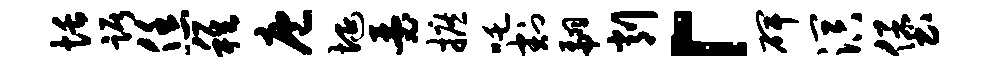
恬踞恁稚庖埏瑟摭吒割翩削「碑溟堡